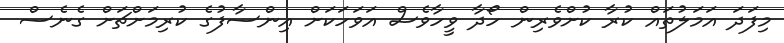
މިފަދަ އަމަލުތައް ކުރާ ކުށްވެރިން ހޯދާ ވީހާވެސް އަވަހަކަށް އިންސާފުގެ ކުރިމަށްޗަށް ގެނެސް